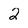
Character: 2